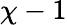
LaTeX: \chi-1